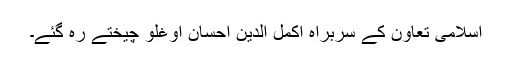
اسلامی تعاون کے سربراہ اکمل الدین احسان اوغلو چیختے رہ گئے۔